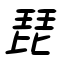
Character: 琵